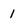
Character: 1